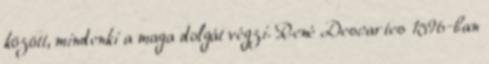
között, mindenki a maga dolgát végzi. René Descartes 1596-ban